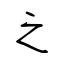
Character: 之